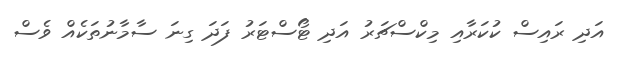
އަދި ރައިސް ކުކަރާއި މިކްސްޗަރު އަދި ޓޯސްޓަރު ފަދަ ގިނަ ސާމާނުތަކެއް ވެސް